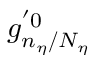
g _ { n _ { \eta } / N _ { \eta } } ^ { ' 0 }